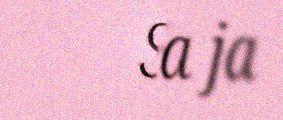
Siida ja